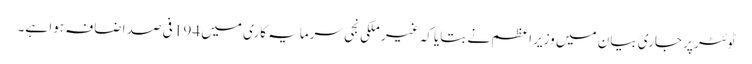
ٹوئٹر پر جاری بیان میں وزیراعظم نے بتایا کہ غیر ملکی نجی سرمایہ کاری میں 194 فی صد اضافہ ہوا ہے۔